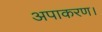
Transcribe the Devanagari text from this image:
अपाकरण।